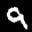
Label: 9